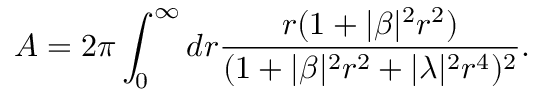
A = 2 \pi \int _ { 0 } ^ { \infty } d r \frac { r ( 1 + | \beta | ^ { 2 } r ^ { 2 } ) } { ( 1 + | \beta | ^ { 2 } r ^ { 2 } + | \lambda | ^ { 2 } r ^ { 4 } ) ^ { 2 } } .